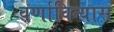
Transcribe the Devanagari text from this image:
वर्णाविन्यास